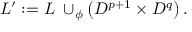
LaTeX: L ^ { \prime } : = L \; \cup _ { \phi } \left( D ^ { p + 1 } \times D ^ { q } \right) .